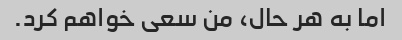
اما به هر حال، من سعی خواهم کرد.